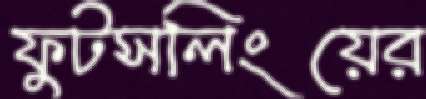
ফুটসলিংয়ের